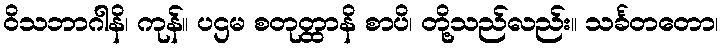
ဝိသဘာဂါနိ၊ ကုန်။ ပဌမ စတုတ္ထာနိ စာပိ၊ တို့သည်လည်း။ သင်္ခတတော၊